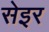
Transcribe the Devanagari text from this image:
सेइर